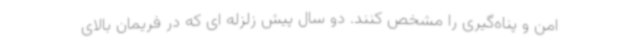
امن و پناه‌گیری را مشخص کنند. دو سال پیش زلزله ای که در فریمان بالای